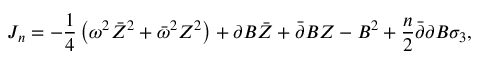
J _ { n } = - \frac 1 4 \left( \omega ^ { 2 } \bar { Z } ^ { 2 } + \bar { \omega } ^ { 2 } Z ^ { 2 } \right) + \partial B \bar { Z } + \bar { \partial } B Z - B ^ { 2 } + \frac n 2 \bar { \partial } \partial B \sigma _ { 3 } ,